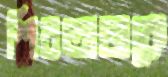
শিরতাজকে